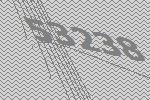
53238